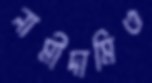
নামীদামিও